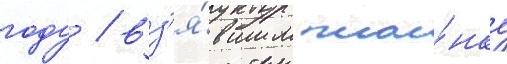
году / вз'я́вшим пла́нку